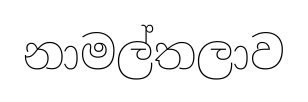
නාමල්තලාව